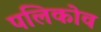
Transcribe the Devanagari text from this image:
पलिकोव